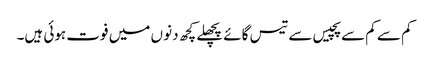
کم سے کم سے پچیس سے تیس گائے پچھلے کچھ دنو ں میں فوت ہوئی ہیں۔